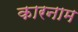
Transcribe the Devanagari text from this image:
कारनाम